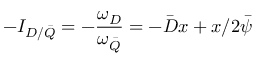
- I _ { D / \bar { Q } } = - \frac { \omega _ { D } } { \omega _ { \bar { Q } } } = - \bar { D } x + x / 2 \bar { \psi }